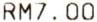
RM7.00